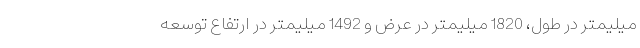
میلیمتر در طول، 1820 میلیمتر در عرض و 1492 میلیمتر در ارتفاع توسعه